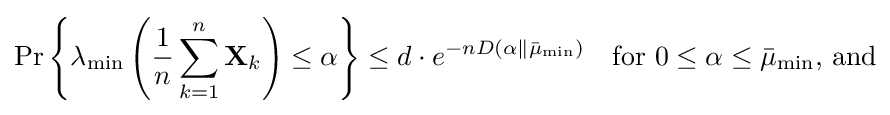
\Pr \left\{\lambda _{\text{min}}\left({\frac {1}{n}}\sum _{k=1}^{n}\mathbf {X} _{k}\right)\leq \alpha \right\}\leq d\cdot e^{-nD(\alpha \Vert {\bar {\mu }}_{\text{min}})}\quad {\text{for }}0\leq \alpha \leq {\bar {\mu }}_{\text{min}}{\text{, and}}